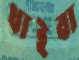
খাইবা